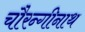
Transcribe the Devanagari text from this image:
चौरन्गीनाथ